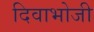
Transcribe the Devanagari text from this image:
दिवाभोजी